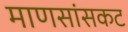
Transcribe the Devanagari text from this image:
माणसांसकट